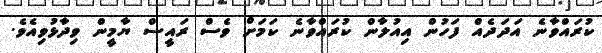
ކުރައްވާނެ އަދަދެއް ފަހުން އިއުލާން ކުރައްވާނެ ކަމަށް ވެސް ރައީސް ޔާމީން ވިދާޅުވިއެވެ.